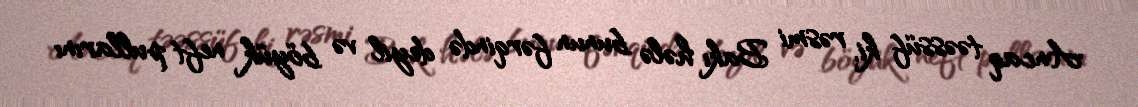
Ancaq təəssüf ki, rəsmi Bakı hələ bunun fərqində deyil və böyük neft pullarını